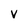
Character: V